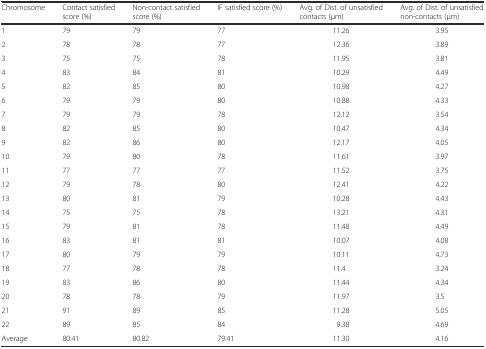
| Chromosome | Contact satisfied score (%) | Non-contact satisfied score (%) | IF satisfied score (%) | Avg. of Dist. of unsatisfied contacts (μm) | Avg. of Dist. of unsatisfied non-contacts (μm) |
 | --- | --- | --- | --- | --- | --- |
 | 1 | 79 | 79 | 77 | 11.26 | 3.95 |
 | 2 | 78 | 78 | 77 | 12.36 | 3.89 |
 | 3 | 75 | 75 | 78 | 11.95 | 3.81 |
 | 4 | 83 | 84 | 81 | 10.29 | 4.49 |
 | 5 | 82 | 85 | 80 | 10.98 | 4.27 |
 | 6 | 79 | 79 | 80 | 10.88 | 4.33 |
 | 7 | 79 | 79 | 78 | 12.12 | 3.54 |
 | 8 | 82 | 85 | 80 | 10.47 | 4.34 |
 | 9 | 82 | 86 | 80 | 12.17 | 4.05 |
 | 10 | 79 | 80 | 78 | 11.61 | 3.97 |
 | 11 | 77 | 77 | 77 | 11.52 | 3.75 |
 | 12 | 79 | 78 | 80 | 12.41 | 4.22 |
 | 13 | 80 | 81 | 79 | 10.28 | 4.43 |
 | 14 | 75 | 75 | 78 | 13.21 | 4.31 |
 | 15 | 79 | 81 | 78 | 11.48 | 4.49 |
 | 16 | 83 | 81 | 81 | 10.07 | 4.08 |
 | 17 | 80 | 79 | 79 | 10.11 | 4.73 |
 | 18 | 77 | 78 | 78 | 11.4 | 3.24 |
 | 19 | 83 | 86 | 80 | 11.44 | 4.34 |
 | 20 | 78 | 78 | 79 | 11.97 | 3.5 |
 | 21 | 91 | 89 | 85 | 11.28 | 5.05 |
 | 22 | 89 | 85 | 84 | 9.38 | 4.69 |
 | Average | 80.41 | 80.82 | 79.41 | 11.30 | 4.16 |